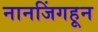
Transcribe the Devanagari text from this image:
नानजिंगहून